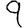
Digit: 9